Code of medical and sanitary regulations for the guidance of medical officers serving in the Madras Presidency - Volume II
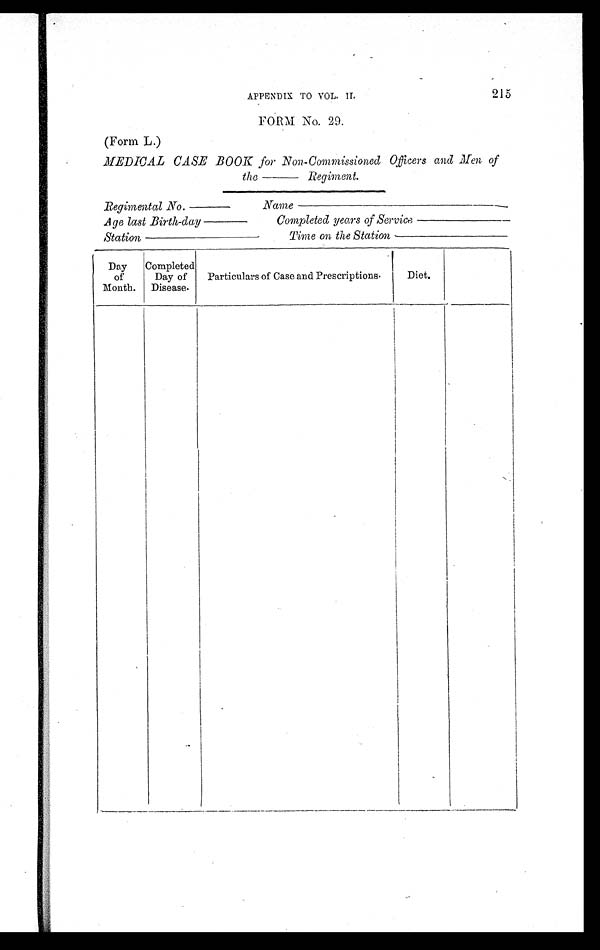
APPENDIX TO VOL. II. 215
FORM No. 29.
(Form L.)
MEDICAL CASE BOOK for Non-Commissioned Officers and Men of
the ——— Regiment.
Regimental No._______
Age last Birth-day________
Station _________________
Name______________________________
Completed years of Service ________________
Time on the Station __________________
Day
of
Month.
Completed
Day of
Disease.
Particulars of Case and Prescriptions.
Diet.